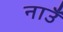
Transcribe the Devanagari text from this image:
नाउँ